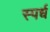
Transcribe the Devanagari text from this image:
स्पर्ध